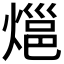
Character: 𭵰